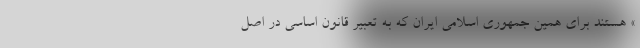
» هستند برای همین جمهوری اسلامی ایران که به تعبیر قانون اساسی در اصل